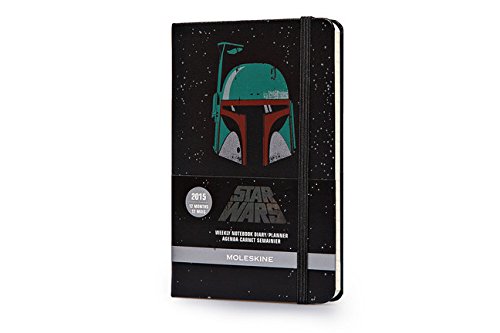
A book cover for Moleskine 2015 Star Wars Limited Edition Weekly Notebook, 12M, Pocket, Black, Hard Cover (3.5 x 5.5) (Moleskine Star Wars); Moleskine; Calendars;